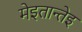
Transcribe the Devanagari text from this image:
मेइतान्तेइ